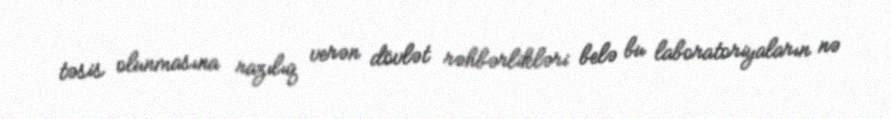
təsis olunmasına razılıq verən dövlət rəhbərlikləri belə bu laboratoriyaların nə